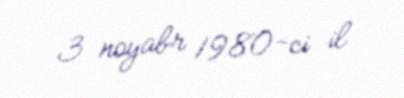
3 noyabr 1980-ci il